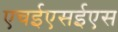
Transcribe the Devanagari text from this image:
एचईएसईएस